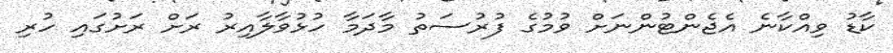
ކާޑު ވިއްކާނެ އެޖެންޓުންނަށް ވުމުގެ ފުރުސަތު މާދަމާ ހުޅުވާލާއިރު ރަށް ރަށުގައި ހުރި